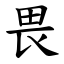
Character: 畏